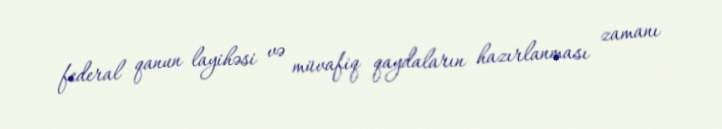
federal qanun layihəsi və müvafiq qaydaların hazırlanması zamanı